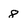
Character: 8